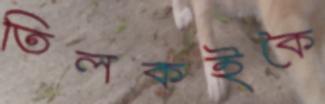
তিলকইকৈ